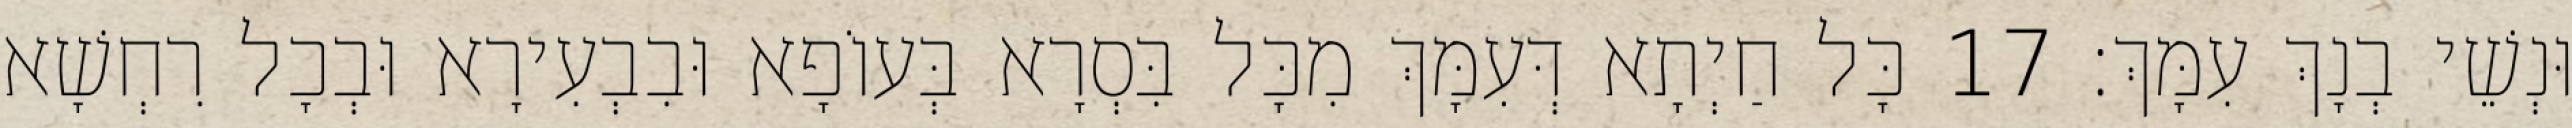
וּנְשֵׁי בְנָךְ עִמָּךְ׃ 17 כָּל חַיְתָא דְּעִמָּךְ מִכָּל בִּסְרָא בְּעוֹפָא וּבִבְעִירָא וּבְכָל רִחְשָׁא